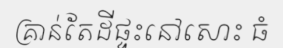
គ្រាន់តែដីផ្ទះនៅសោះ ធំ